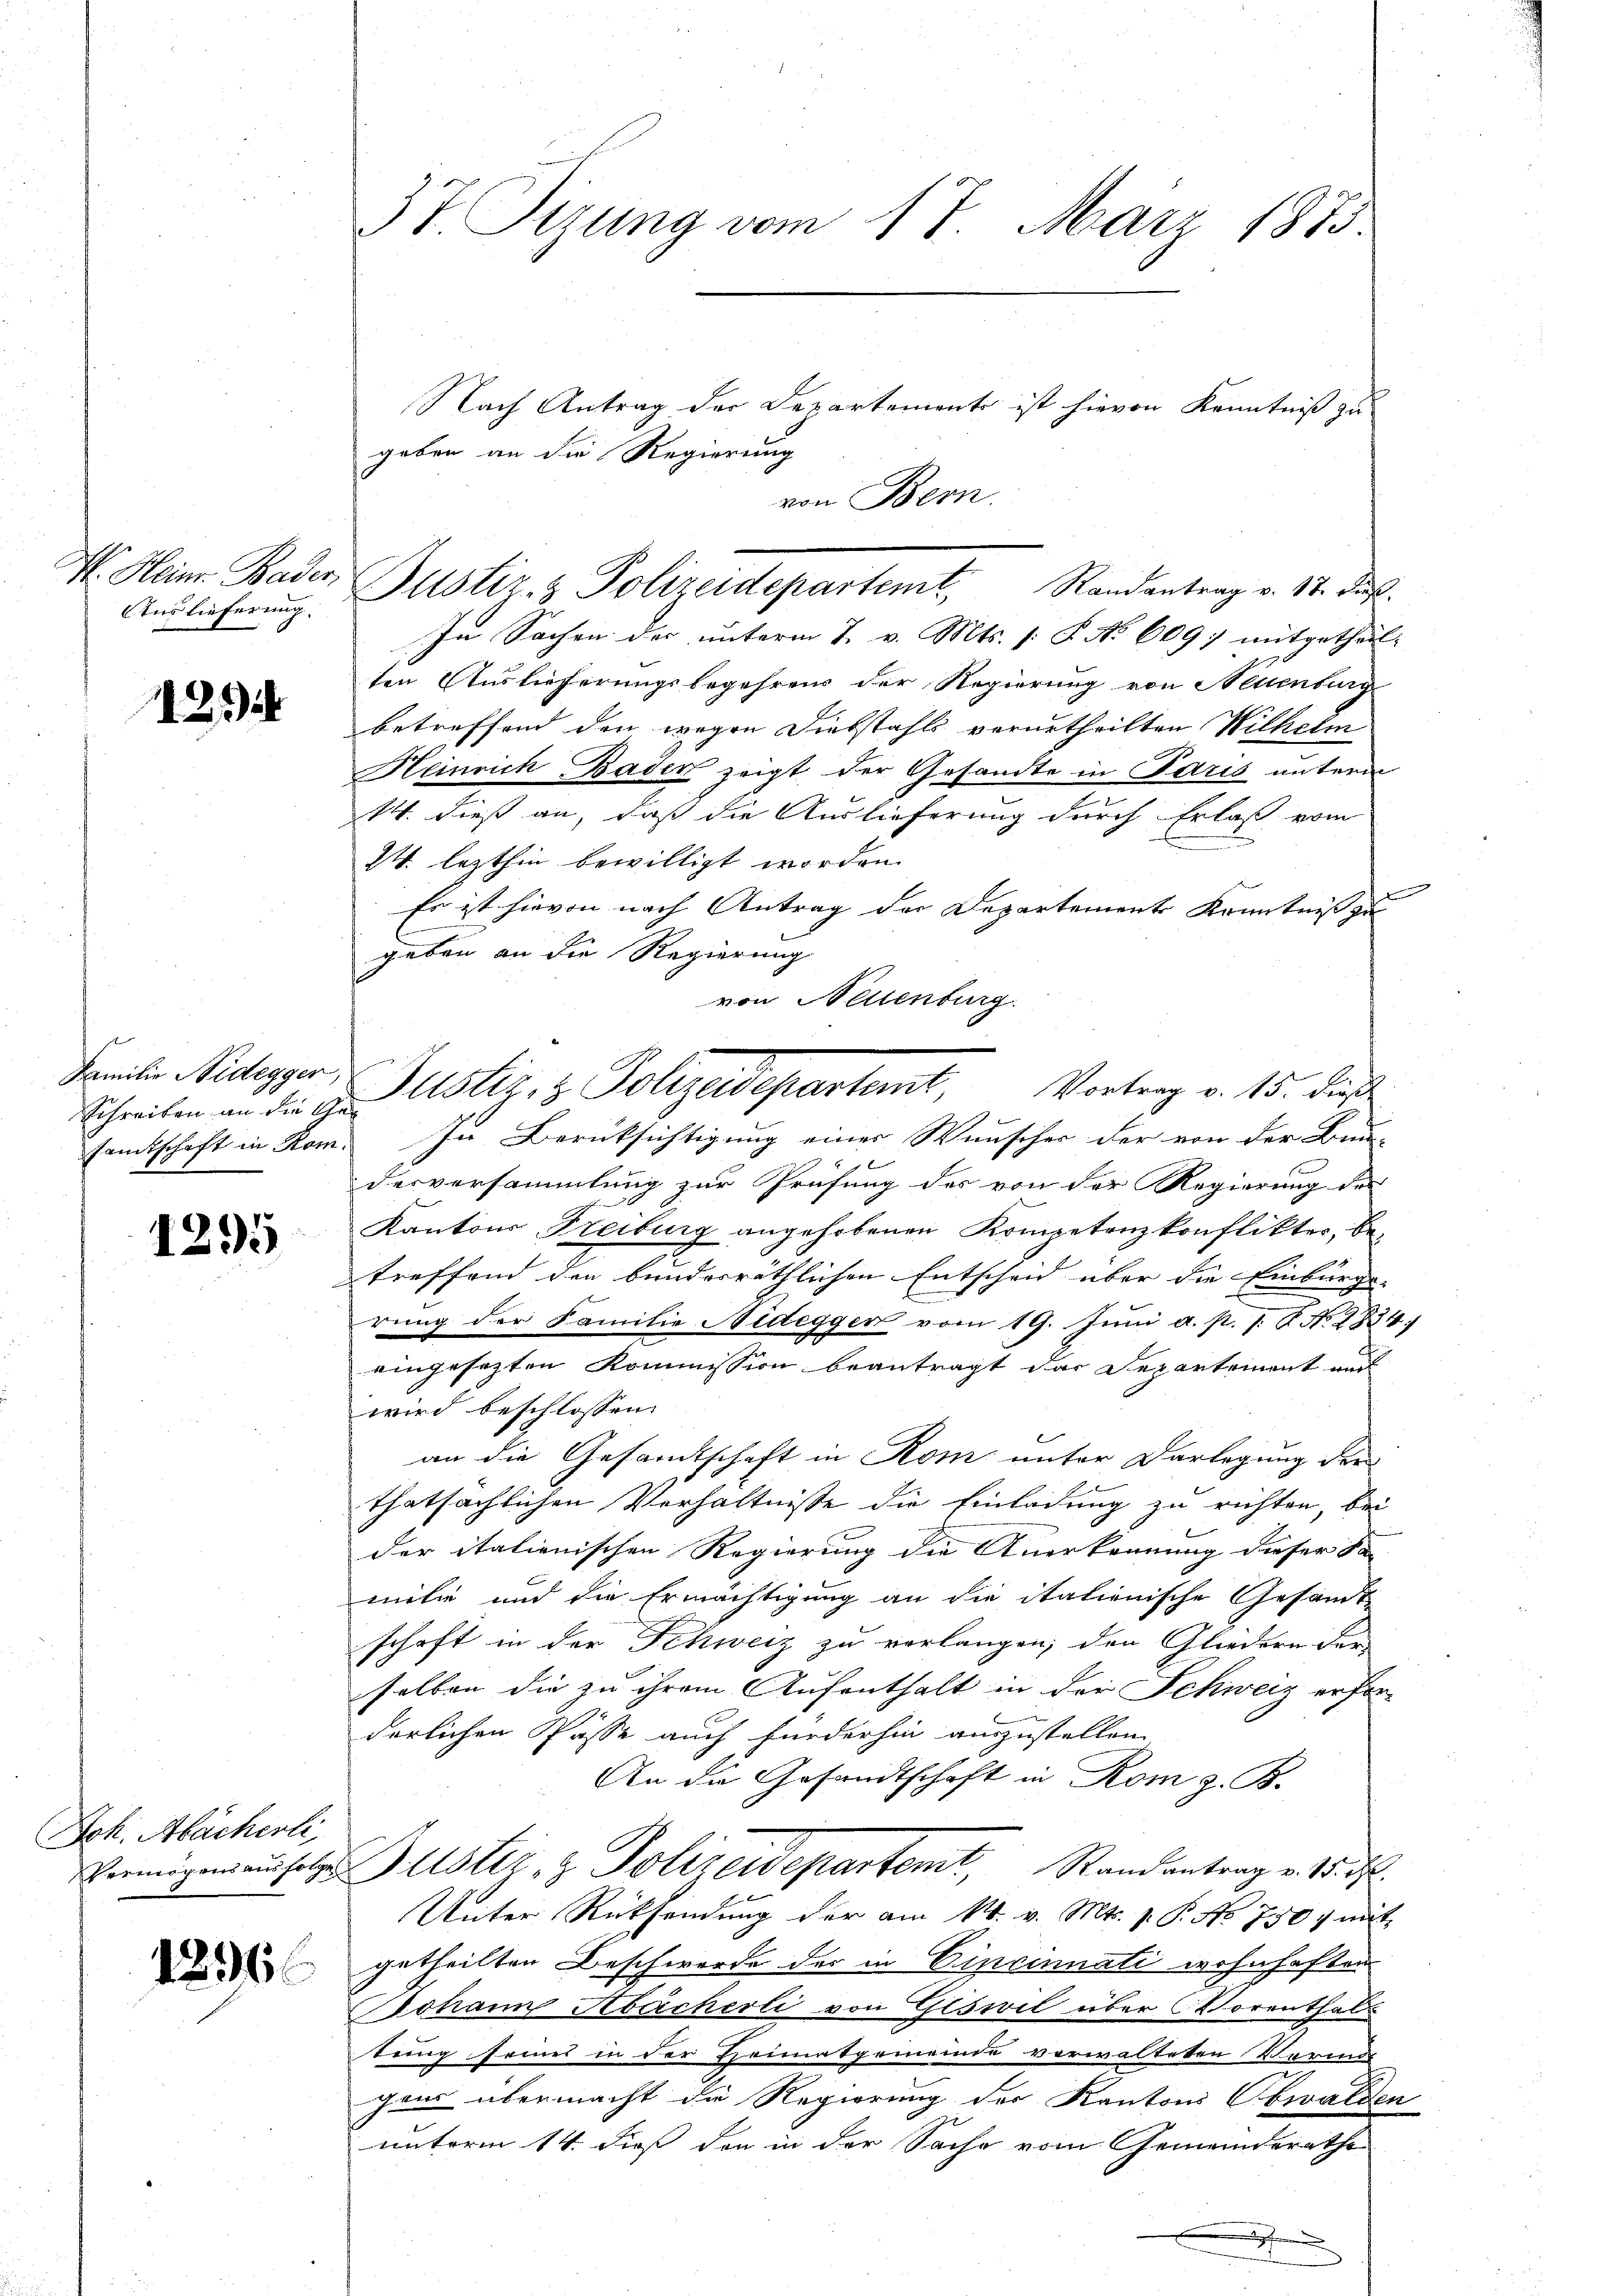
V. Heinr. Bader
Auslieferung.

1294

Familie Nidegger,
samtschaft in Rom.

1295

Joh. Abächerli,
Vermögens aus folge

1296

3t. Sizung vom 17. März 1875

geben an die Regierung

Nach Antrag der Departement ist hievon Kenntniß zu
von Bern.
In Sachen der unterm 7. v. Mts. (: P. No 6097 mitgetheil-
ten Auslieferungsbegehrens der Regierung von Neuenburg
betreffend den wegen Diebstahls verurtheilten Wilhelm
Heinrich Bader zeigt der Gesandte in Paris unterm
W. dieß an, daß die Auslieferung durch Erlaß vom
W. lezthin bewilligt worden.
e
Es ist hievon nach Antrag der Departement Kenntnis zu
geben an die Regierung
von Nellenburg.
In Berücksichtigung einer Wunscher der von der Bun-
desversammlung zur Prüfung des von der Regierung des
Kantons Freiburg angehobenen Kompetenzkonflikter, betreffend den bunderräthlichen Entscheid über die Einbürgs-
rung der Familie Nidegger vom 19. Juni a. p. 1. P. No 8834)
eingesetzten Kommission beantragt dar Departement auch
wird beschlossen:
an die Gesandtschaft in Rom unter Darlegung der
thatsächlichen Verhältnisse die Einladung zu richten, bei
der italienischen Regierung die Anerkennung dieser Sa
milie und die Ermächtigung an die italienische Gesandt
schaft in der Schweiz zu verlangen, den Gliedern der
selben die zu ihrem Aufenthalt in der Schweiz erfor-
derlichen Pässe auch fürderhin auszustellen.
An die Gesandtschaft in Rom z. B.
Büster, z. Polizeidepartent, Randantrag v. 18. d.
Unter Rücksendung der am 14. v. Mts. v. P. No 750 f mit
getheilten Beschwerde des in Cincinnati wohnhaften
Johann Abercherli von Glswil über Vorenthaltung seines in der Heimatgemeinde verwalteten Vormit
gens übermacht die Regierung der Kantons Obwalden
unterm 14. dieß den in der Sache vom Gemeinderathe

Püstir - Polizeidepartemt. Randantrag v. 17. ds.

n
Schreiben an die Astiz- & Polizeidepartemt, Vortrag v. 15. dieß